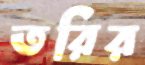
তরির